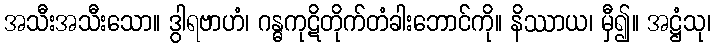
အသီးအသီးသော။ ဒွါရဗာဟံ၊ ဂန္ဓကုဋိတိုက်တံခါးဘောင်ကို။ နိဿာယ၊ မှီ၍။ အဋ္ဌံသု၊